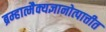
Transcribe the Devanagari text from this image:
ब्रम्हात्मैक्यज्ञानोत्पात्तीत